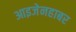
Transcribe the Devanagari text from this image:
आइजेनहाबर